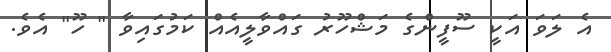
އެ ލަވަ އަކީ ސޫފީންގެ މަޝްހޫރު ގައްވާލީއެއް ކަމުގައިވާ " ހޫ" އެވެ.